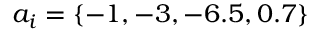
a _ { i } = \{ - 1 , - 3 , - 6 . 5 , 0 . 7 \}